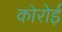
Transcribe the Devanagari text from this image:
कोरोई